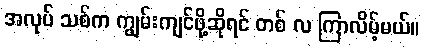
အလုပ် သစ်က ကျွမ်းကျင်ဖို့ဆိုရင် တစ် လ ကြာလိမ့်မယ်။